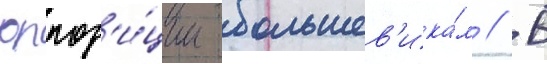
оппоз'и́ции большев'ика́м // В